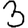
Digit: 3